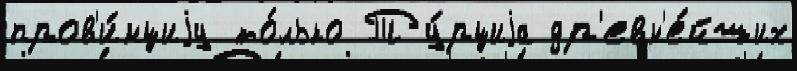
пров'и́нциjу то́лько Ту́рциjа др'евн'е́йших